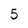
Character: 5